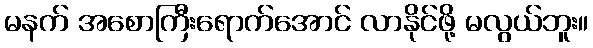
မနက် အစောကြီးရောက်အောင် လာနိုင်ဖို့ မလွယ်ဘူး။